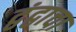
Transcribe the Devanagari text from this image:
द्वंद्वाचा